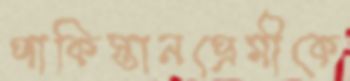
পাকিস্তানপ্রেমীকে